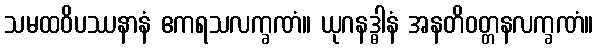
သမထဝိပဿနာနံ ဧကရသလက္ခဏံ။ ယုဂနဒ္ဓါနံ အနတိဝတ္တနလက္ခဏံ။